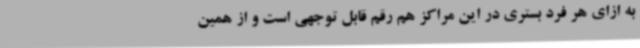
به ازای هر فرد بستری در این مراکز هم رقم قابل توجهی است و از همین